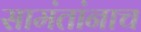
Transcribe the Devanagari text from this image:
सामंतांनाच